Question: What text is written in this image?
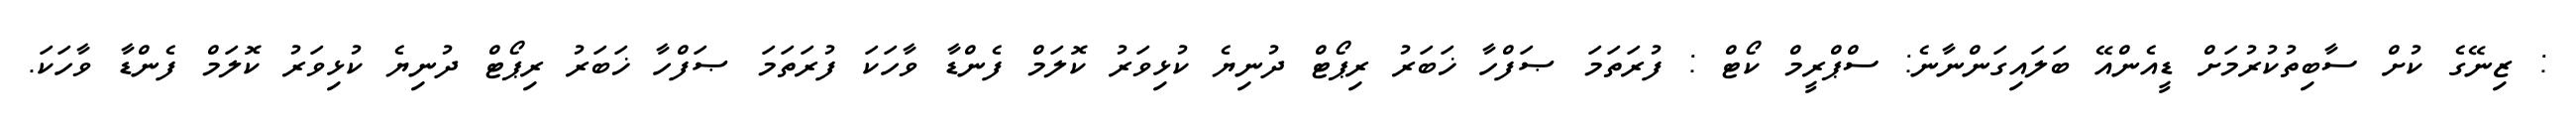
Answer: : ޒިނޭގެ ކުށް ސާބިތުކުރުމަށް ޑީއެންއޭ ބަލައިގަންނާނެ: ސްޕްރީމް ކޯޓް : ފުރަތަމަ ޞަފްހާ ޚަބަރު ރިޕޯޓް ދުނިޔެ ކުޅިވަރު ކޮލަމް ފެންޑާ ވާހަކަ ފުރަތަމަ ޞަފްހާ ޚަބަރު ރިޕޯޓް ދުނިޔެ ކުޅިވަރު ކޮލަމް ފެންޑާ ވާހަކަ.